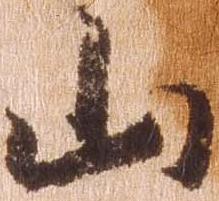
山